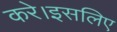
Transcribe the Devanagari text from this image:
करे।इसलिए